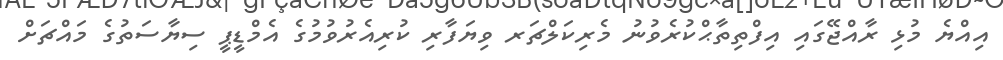
އިއްޔެ މުޅި ރާއްޖޭގައި އިފްތިތާޙްކުރެވުނު މެރިކަލްޗަރ ވިޔަފާރި ކުރިއެރުވުމުގެ އެމްޑީޕީ ސިޔާސަތުގެ މައްޗަށް